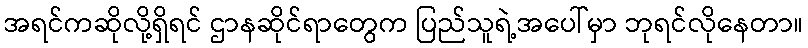
အရင်ကဆိုလို့ရှိရင် ဌာနဆိုင်ရာတွေက ပြည်သူရဲ့အပေါ်မှာ ဘုရင်လိုနေတာ။